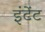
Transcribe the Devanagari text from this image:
इंटेंट